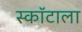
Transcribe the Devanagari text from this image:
स्कॉटाला